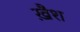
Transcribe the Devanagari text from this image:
ख़ैश